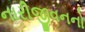
નારીજીવનનો